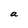
Character: a